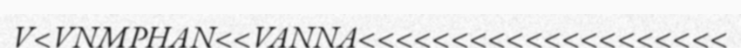
V<VNMPHAN<<VANNA<<<<<<<<<<<<<<<<<<<<